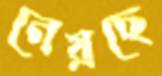
নেয়ছে